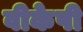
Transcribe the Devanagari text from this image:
वीकेपी